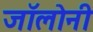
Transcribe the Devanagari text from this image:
जॉलोनी